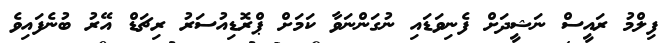
ފިލްމު ރައީސް ނަޝީދަށް ފެނިވަޑައި ނުގަންނަވާ ކަމަށް ޕްރޮޑިއުސަރު ރިޗަޑް އޭރު ބުނެފައިވެ